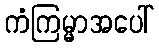
ကံကြမ္မာအပေါ်